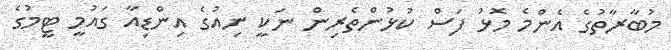
މުބާރާތުގެ އެންމެ މޮޅު ފަސް ކުޅުންތެރިން ނަކީ ނިއުގެ އިންޑިއާ ގައުމީ ޓީމުގެ